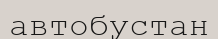
автобустан